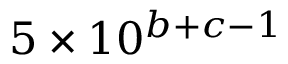
5 \times 1 0 ^ { b + c - 1 }